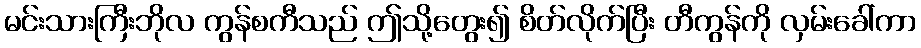
မင်းသားကြီးဘိုလ ကွန်စကီသည် ဤသို့တွေး၍ စိတ်လိုက်ပြီး တီကွန်ကို လှမ်းခေါ်ကာ